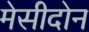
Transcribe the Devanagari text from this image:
मेसीदोन